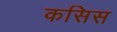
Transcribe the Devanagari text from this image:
कसिस